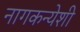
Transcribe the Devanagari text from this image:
नागकन्येशी